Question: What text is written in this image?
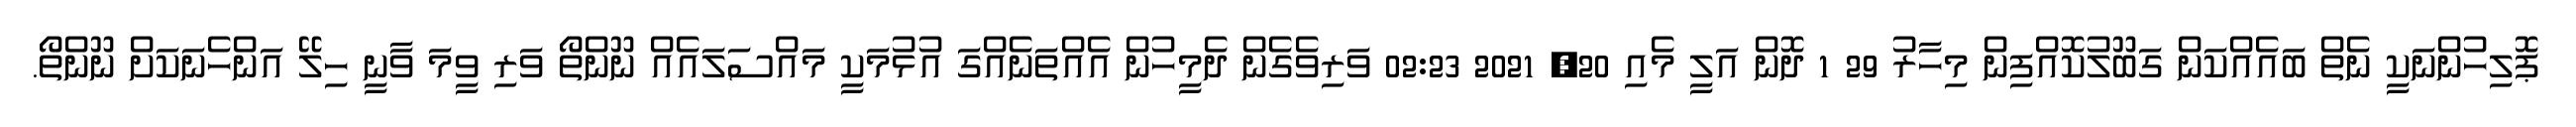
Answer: ޕޮލިހުންނަކީ ނެތް ބައެއްކަން ގަބޫލުކޮއްފިން މިހާރު 29 1 ދޮން އަލީ މެއި 20, 2021 02:23 ވަރިވެގެން ދެމީހުން އެއްތަނެއްގަ އުޅުމަކީ މައްސަލައެއް ނޫންތޯ ވަރި ވީމަ ވާނީ ހިލޭ އަންހެނަކަށް ނޫންތޯ.